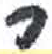
אות: ר